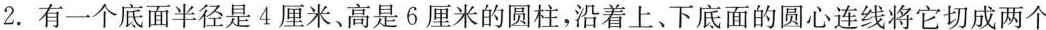
2.有一个底面半径是4厘米、高是6厘米的圆柱，沿着上、下底面的圆心连线将它切成两个